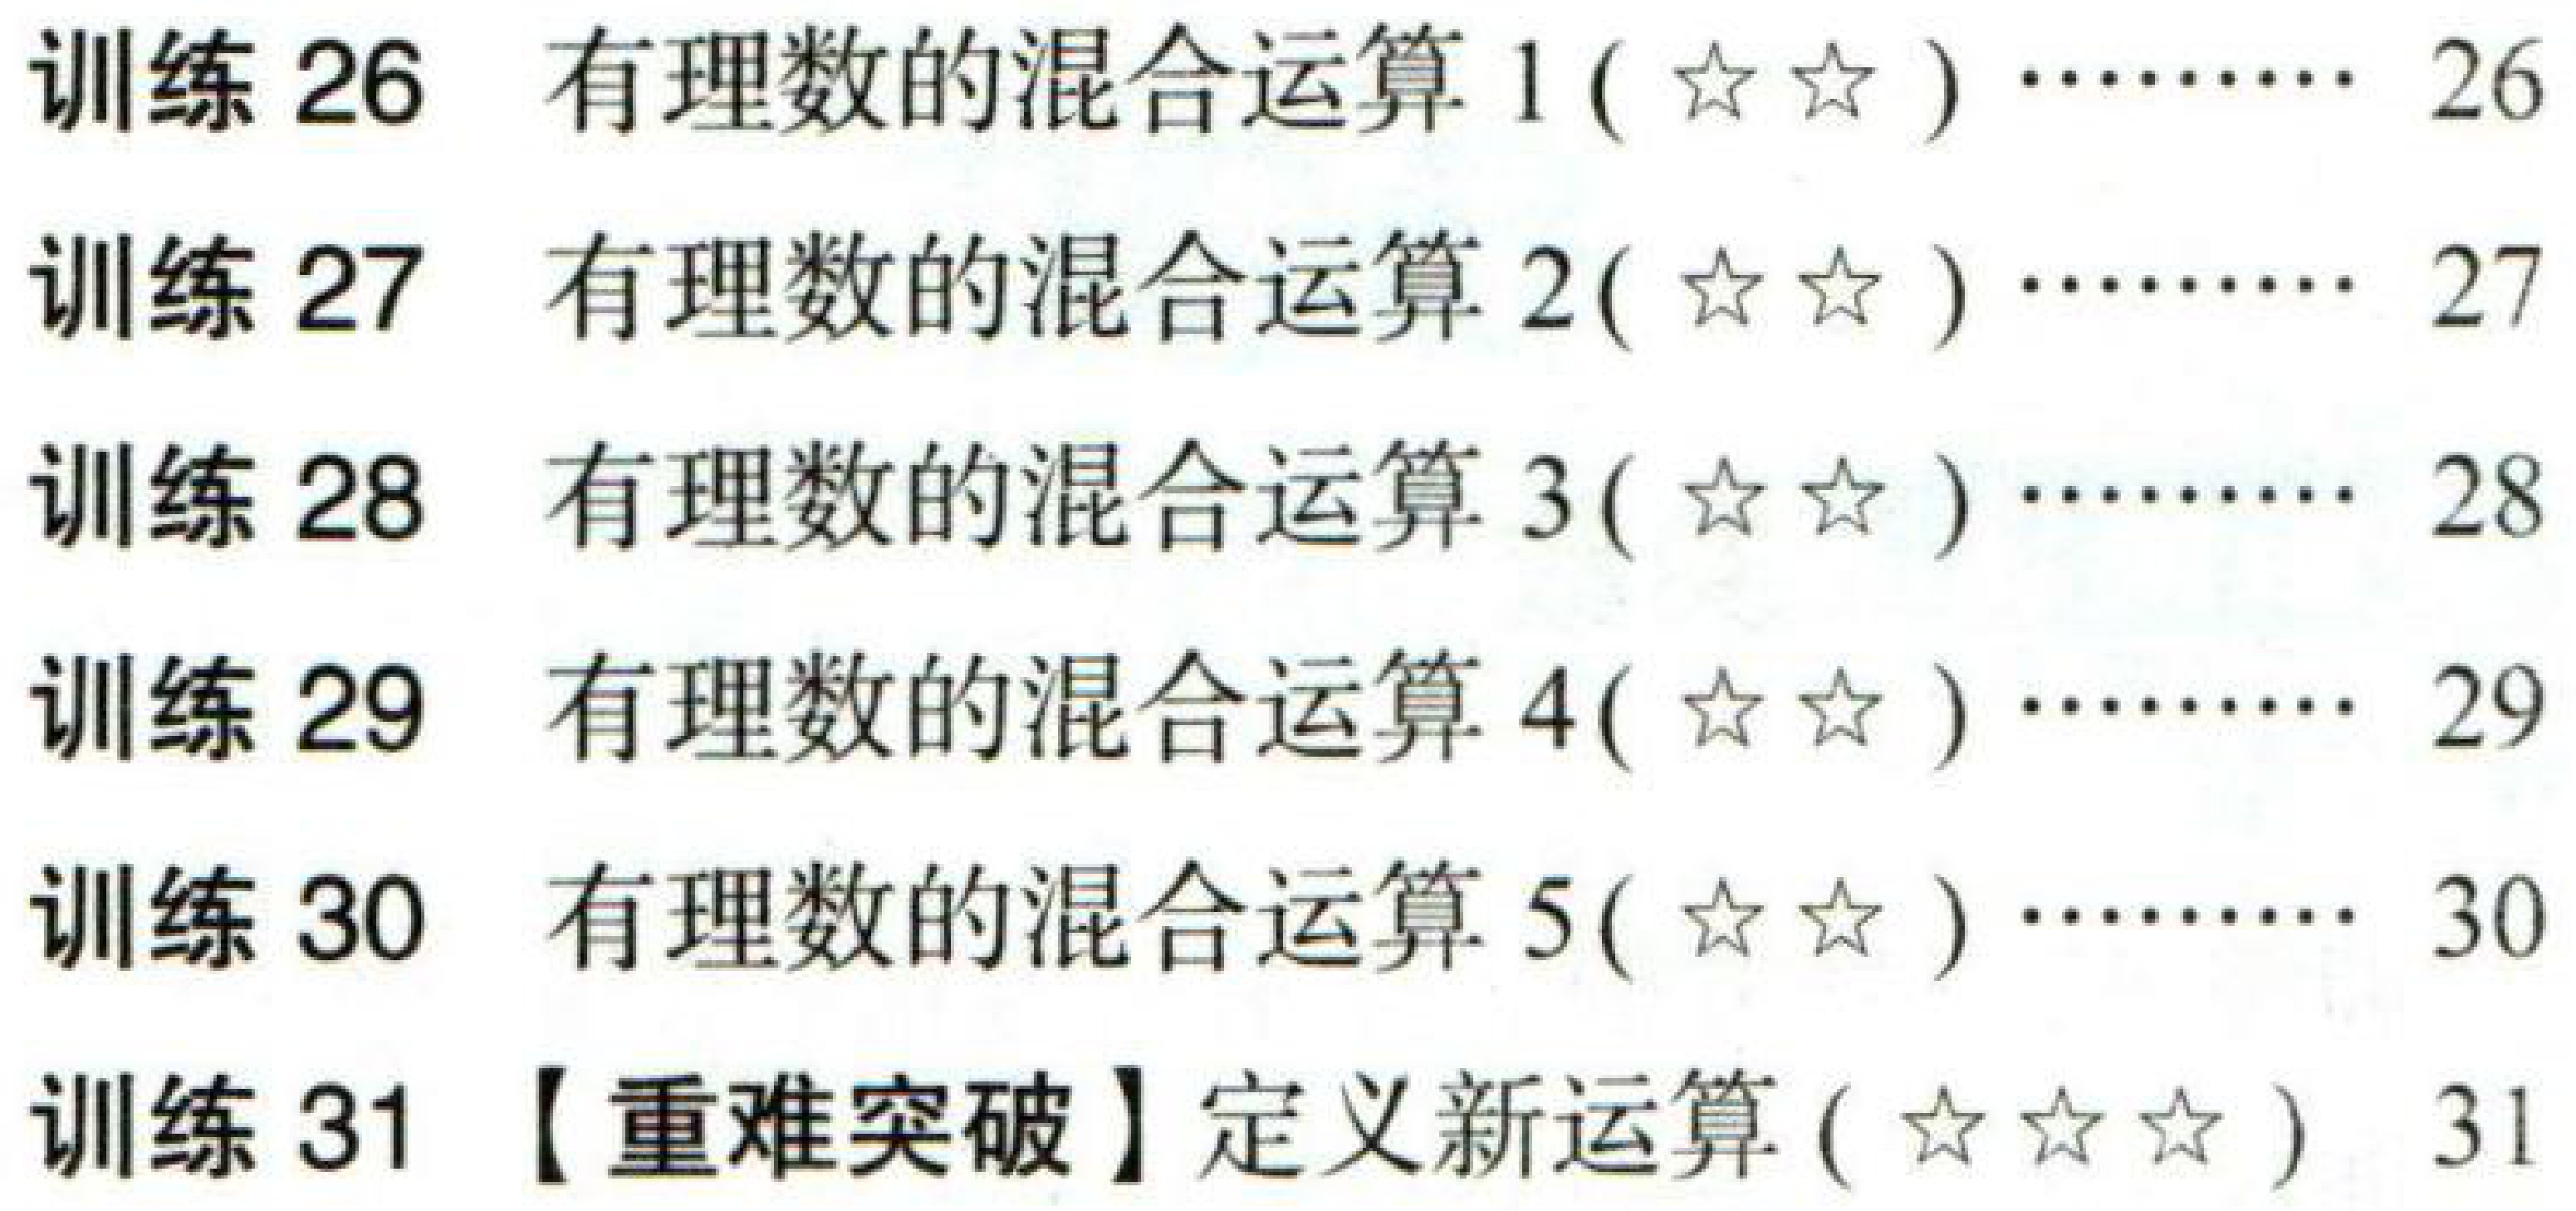
训练 26 有理数的混合运算 1(☆☆)…… 26\\

训练 27 有理数的混合运算 2(☆☆)…… 27\\

训练 28 有理数的混合运算 3(☆☆)…… 28\\

训练 29 有理数的混合运算 4(☆☆)…… 29\\

训练 30 有理数的混合运算 5(☆☆)…… 30\\

训练 31 【重难突破】定义新运算(☆☆☆) 31